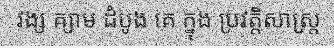
វង្ស ឝ្យាម ដំបូង គេ ក្នុង ប្រវត្តិសាស្ត្រ